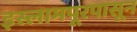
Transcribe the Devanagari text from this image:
इस्लामपूरपासून